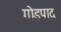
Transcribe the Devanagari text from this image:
गोड़पाद